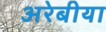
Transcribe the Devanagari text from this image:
अरेबीया